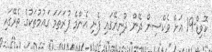
ކޮވިޑް-19 އަށް ވެކްސިން ދޭން ދުނިޔޭގައި ފެށި އެންމެ ފުރަތަމަ ގައުމުތަކުގެ ތެރޭގައި